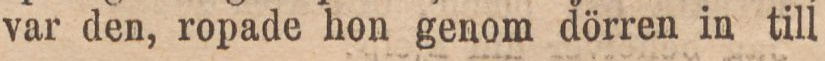
var den, ropade hon genom dörren in till